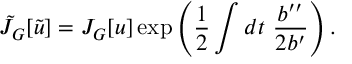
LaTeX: \tilde { J } _ { G } [ \tilde { u } ] = J _ { G } [ u ] \exp \left( \frac { 1 } { 2 } \int d t ~ \frac { b ^ { \prime \prime } } { 2 b ^ { \prime } } \right) .